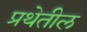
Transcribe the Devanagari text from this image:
प्रथेतील